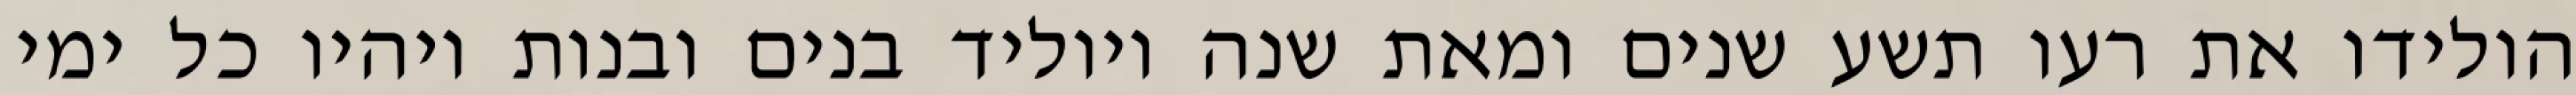
הולידו את רעו תשע שנים ומאת שנה ויוליד בנים ובנות ויהיו כל ימי